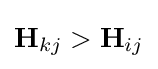
\mathbf {H} _{kj}>\mathbf {H} _{ij}